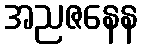
အညဇနေန